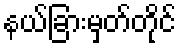
နယ်ခြားမှတ်တိုင်